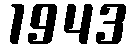
1943